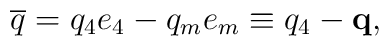
\overline{q}=q_4e_4-q_me_m\equiv q_4-\mathbf{q},